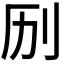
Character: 𫥳